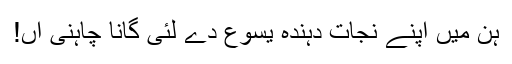
ہُن میں اپنے نجات دہندہ یسوع دے لئی گانا چاہنی آں!